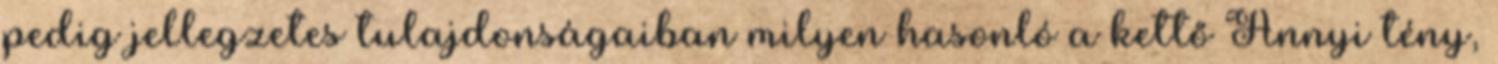
pedig jellegzetes tulajdonságaiban milyen hasonló a kettő Annyi tény,